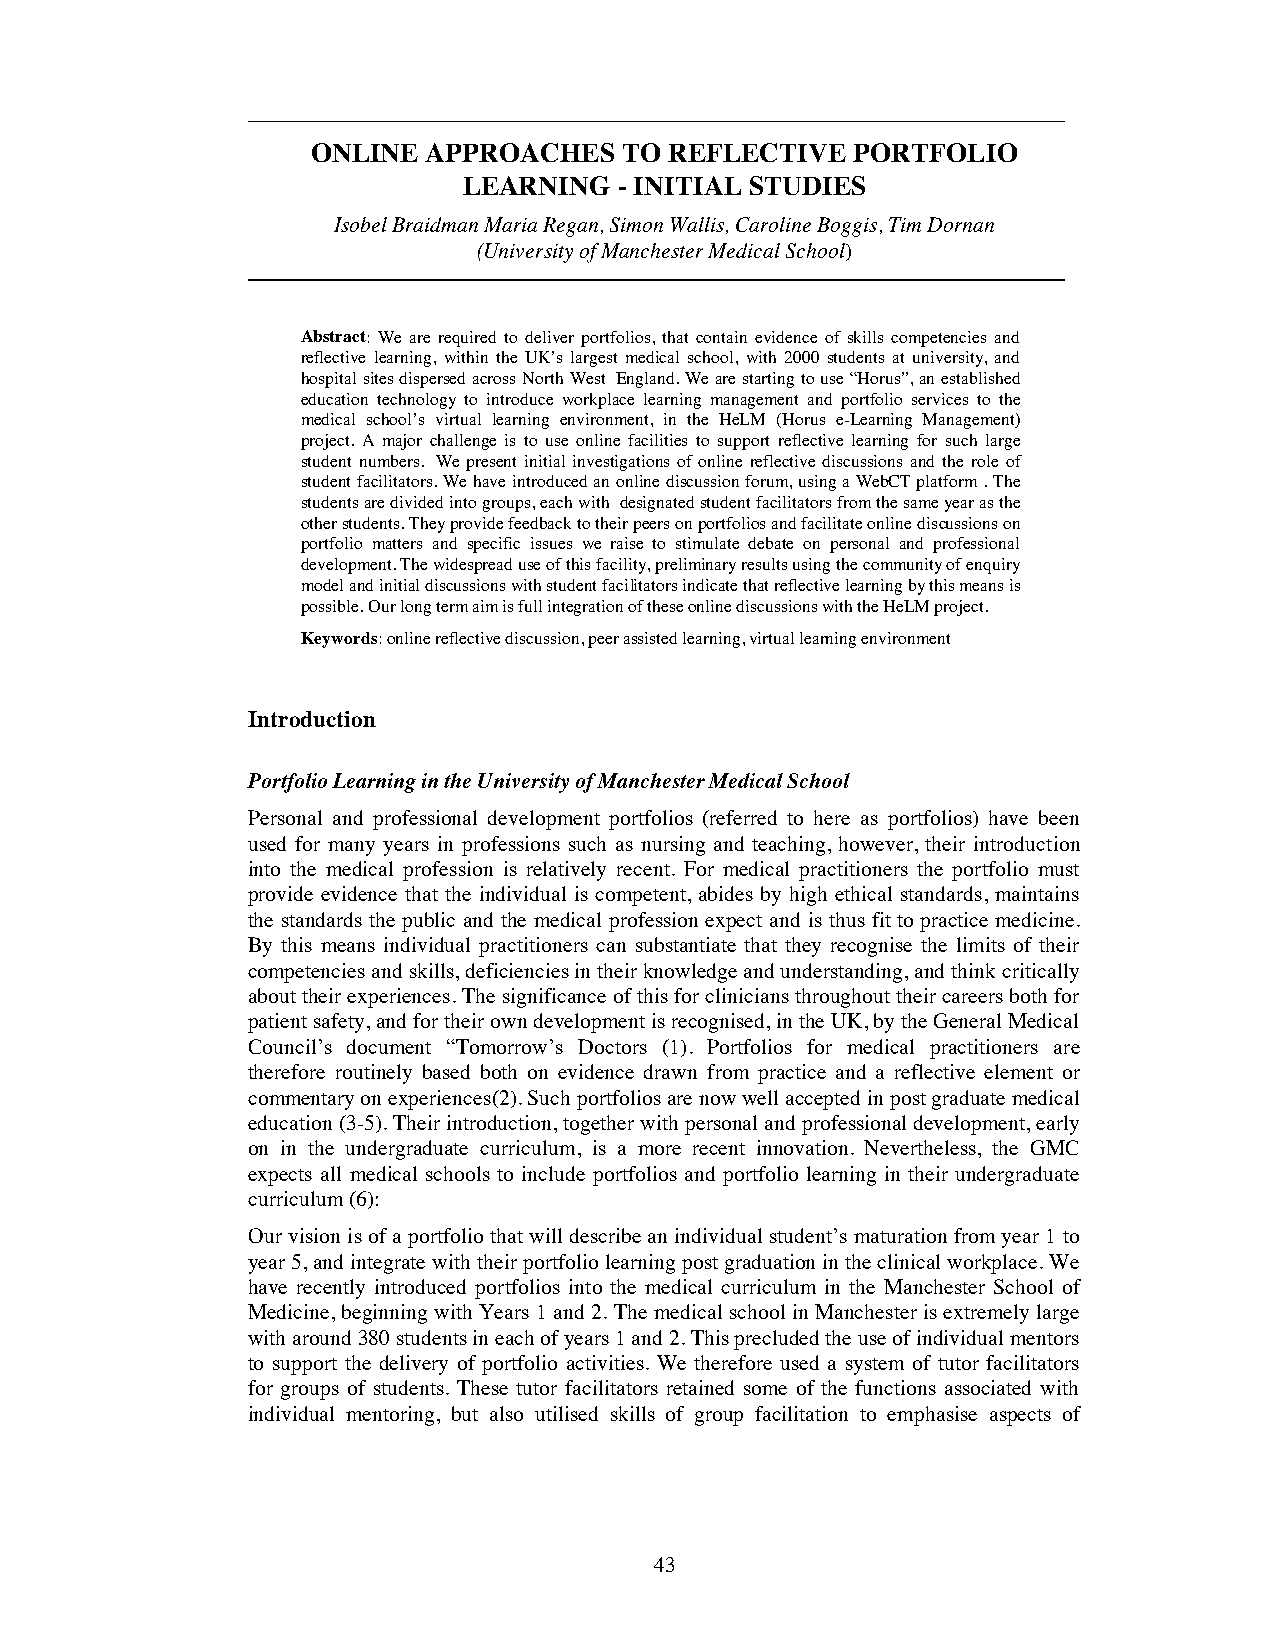
ONLINE APPROACHES   TO REFLECTIVE  PORTFOLIO
 LEARNING  - INITIAL STUDIES
 Isobel Braidman Maria Regan, Simon Wallis, Caroline Boggis, Tim Dornan
 (University of Manchester Medical School)
 Abstract: We are required to deliver portfolios, that contain evidence of skills competencies and
 reflective learning, within the UK’s largest medical school, with 2000 students at university, and
 hospital sites dispersed across North West England. We are starting to use “Horus”, an established
 education technology to introduce workplace learning management and portfolio services to the
 medical school’s virtual learning environment, in the HeLM (Horus e-Learning Management)
 project. A major challenge is to use online facilities to support reflective learning for such large
 student numbers. We present initial investigations of online reflective discussions and the role of
 student facilitators. We have introduced an online discussion forum, using a WebCT platform . The
 students are divided into groups, each with designated student facilitators from the same year as the
 other students. They provide feedback to their peers on portfolios and facilitate online discussions on
 portfolio matters and specific issues we raise to stimulate debate on personal and professional
 development. The widespread use of this facility, preliminary results using the community of enquiry
 model and initial discussions with student facilitators indicate that reflective learning by this means is
 possible. Our long term aim is full integration of these online discussions with the HeLM project.
 Keywords:online reflective discussion, peer assisted learning, virtual learning environment
 Introduction
 Portfolio Learning in the University of Manchester Medical School
 Personal and professional development portfolios (referred to here as portfolios) have been
 used for many years in professions such as nursing and teaching, however, their introduction
 into the medical profession is relatively recent. For medical practitioners the portfolio must
 provide evidence that the individual is competent, abides by high ethical standards, maintains
 the standards the public and the medical profession expect and is thus fit to practice medicine.
 By this means individual practitioners can substantiate that they recognise the limits of their
 competencies and skills, deficiencies in their knowledge and understanding, and think critically
 about their experiences. The significance of this for clinicians throughout their careers both for
 patient safety, and for their own development is recognised, in the UK, by the General Medical
 Council’s document “Tomorrow’s Doctors (1). Portfolios for medical practitioners are
 therefore routinely based both on evidence drawn from practice and a reflective element or
 commentary on experiences(2). Such portfolios are now well accepted in post graduate medical
 education (3-5). Their introduction, together with personal and professional development, early
 on in the undergraduate curriculum, is a more recent innovation. Nevertheless, the GMC
 expects all medical schools to include portfolios and portfolio learning in their undergraduate
 curriculum(6):
 Our vision is of a portfolio that will describe an individual student’s maturation from year 1 to
 year 5, and integrate with their portfolio learning post graduation in the clinical workplace. We
 have recently introduced portfolios into the medical curriculum in the Manchester School of
 Medicine, beginning with Years 1 and 2. The medical school in Manchester is extremely large
 with around 380 students in each of years 1 and 2. This precluded the use of individual mentors
 to support the delivery of portfolio activities. We therefore used a system of tutor facilitators
 for groups of students. These tutor facilitators retained some of the functions associated with
 individual mentoring, but also utilised skills of group facilitation to emphasise aspects of
 43